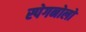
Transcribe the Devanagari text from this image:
स्पेगनोलो